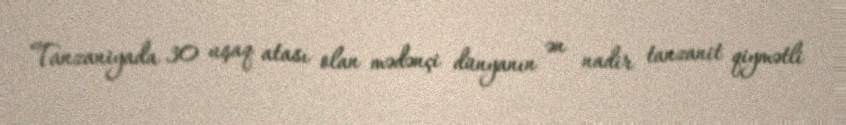
Tanzaniyada 30 uşaq atası olan mədənçi dünyanın ən nadir tanzanit qiymətli